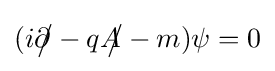
(i{\partial \!\!\!{\big /}}-q{A\!\!\!{\big /}}-m)\psi =0